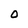
Character: O